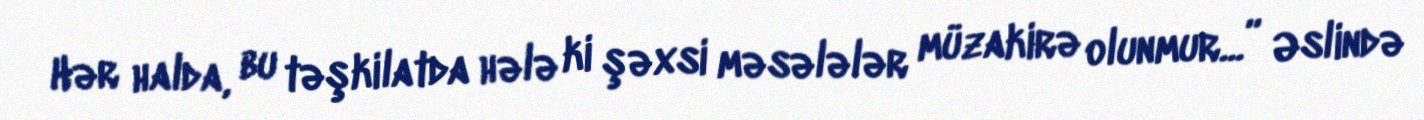
Hər halda, bu təşkilatda hələ ki şəxsi məsələlər müzakirə olunmur...” Əslində